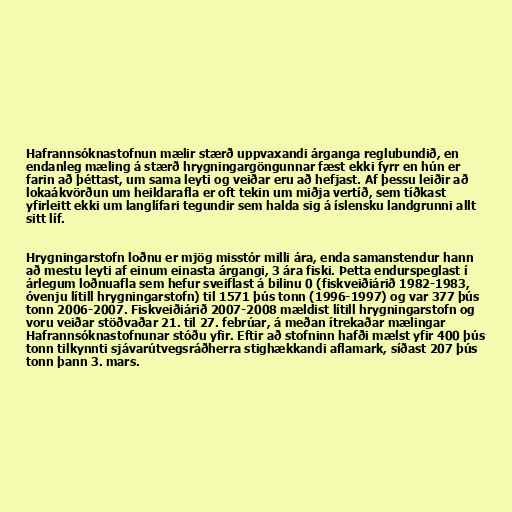
Hafrannsóknastofnun mælir stærð uppvaxandi árganga reglubundið, en
endanleg mæling á stærð hrygningargöngunnar fæst ekki fyrr en hún er
farin að þéttast, um sama leyti og veiðar eru að hefjast. Af þessu leiðir að
lokaákvörðun um heildarafla er oft tekin um miðja vertíð, sem tíðkast
yfirleitt ekki um langlífari tegundir sem halda sig á íslensku landgrunni allt
sitt líf.

Hrygningarstofn loðnu er mjög misstór milli ára, enda samanstendur hann
að mestu leyti af einum einasta árgangi, 3 ára fiski. Þetta endurspeglast í
árlegum loðnuafla sem hefur sveiflast á bilinu 0 (fiskveiðiárið 1982-1983,
óvenju lítill hrygningarstofn) til 1571 þús tonn (1996-1997) og var 377 þús
tonn 2006-2007. Fiskveiðiárið 2007-2008 mældist lítill hrygningarstofn og
voru veiðar stöðvaðar 21. til 27. febrúar, á meðan ítrekaðar mælingar
Hafrannsóknastofnunar stóðu yfir. Eftir að stofninn hafði mælst yfir 400 þús
tonn tilkynnti sjávarútvegsráðherra stighækkandi aflamark, síðast 207 þús
tonn þann 3. mars.